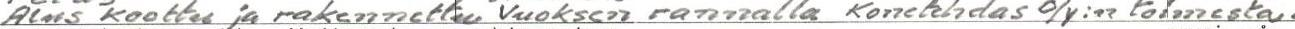
Alus koottu ja rakennettu Vuoksen rannalla Konetehdas O/Y:n toimsesta.